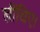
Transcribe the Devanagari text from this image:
खींचिए।